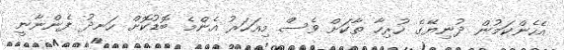
އެހެންކަމުން ދުނިޔޭގެ ހުރިހާ ތާކަށް ވެސް މިއަހަރު އެންމެ ބޮޑުކޮށް ހަނދު ފެންނާނީ